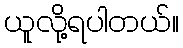
ယူလို့ရပါတယ်။